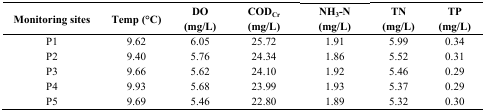
<table><thead><tr><td><b>Monitoring sites</b></td><td><b>Temp (°C)</b></td><td><b>DO (mg/L)</b></td><td><b>COD<sub>Cr</sub> (mg/L)</b></td><td><b>NH<sub>3</sub>-N (mg/L)</b></td><td><b>TN (mg/L)</b></td><td><b>TP (mg/L)</b></td></tr></thead><tbody><tr><td>P1</td><td>9.62</td><td>6.05</td><td>25.72</td><td>1.91</td><td>5.99</td><td>0.34</td></tr><tr><td>P2</td><td>9.40</td><td>5.76</td><td>24.34</td><td>1.86</td><td>5.52</td><td>0.31</td></tr><tr><td>P3</td><td>9.66</td><td>5.62</td><td>24.10</td><td>1.92</td><td>5.46</td><td>0.29</td></tr><tr><td>P4</td><td>9.93</td><td>5.68</td><td>23.99</td><td>1.93</td><td>5.37</td><td>0.29</td></tr><tr><td>P5</td><td>9.69</td><td>5.46</td><td>22.80</td><td>1.89</td><td>5.32</td><td>0.30</td></tr></tbody></table>